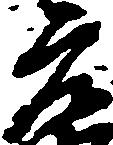
元